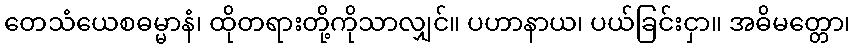
တေသံယေစဓမ္မာနံ၊ ထိုတရားတို့ကိုသာလျှင်။ ပဟာနာယ၊ ပယ်ခြင်းငှာ။ အဓိမတ္တော၊